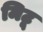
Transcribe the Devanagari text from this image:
मिटू